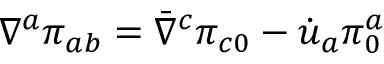
\nabla ^ { a } \pi _ { a b } = \bar { \nabla } ^ { c } \pi _ { c 0 } - \dot { u } _ { a } \pi _ { 0 } ^ { a }